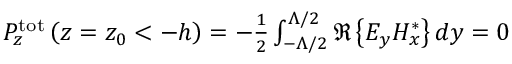
\begin{array} { r } { P _ { z } ^ { \mathrm { t o t } } \left( z = z _ { 0 } < - h \right) = - \frac { 1 } { 2 } \int _ { - \Lambda / 2 } ^ { \Lambda / 2 } \Re \left\{ E _ { y } H _ { x } ^ { * } \right\} d y = 0 } \end{array}